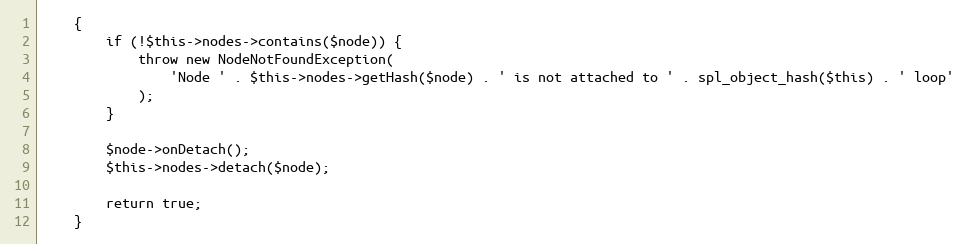
Language: PHP
    {
        if (!$this->nodes->contains($node)) {
            throw new NodeNotFoundException(
                'Node ' . $this->nodes->getHash($node) . ' is not attached to ' . spl_object_hash($this) . ' loop'
            );
        }

        $node->onDetach();
        $this->nodes->detach($node);

        return true;
    }